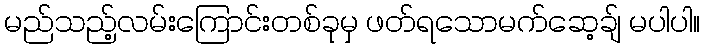
မည်သည့်လမ်းကြောင်းတစ်ခုမှ ဖတ်ရသောမက်ဆေ့ချ် မပါပါ။